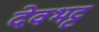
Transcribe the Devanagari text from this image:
देवभट्ट